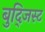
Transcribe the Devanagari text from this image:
बुद्जिस्ट